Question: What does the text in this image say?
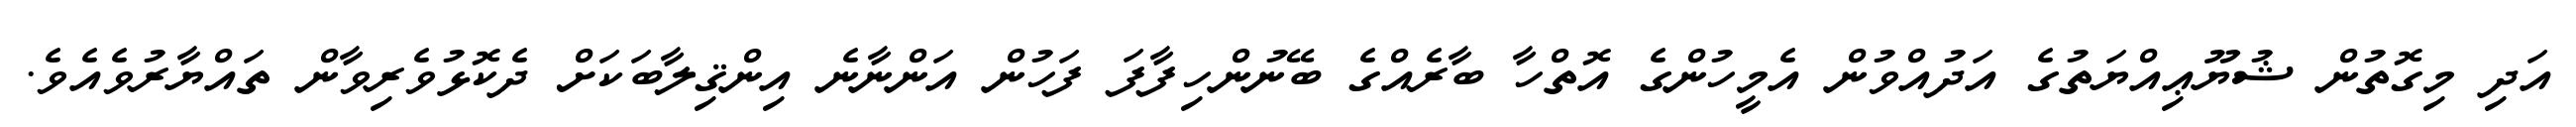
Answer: އަދި މިގޮތުން ޝުޔޫޢިއްޔަތުގެ އަދުއްވުން އެމީހުންގެ އޮތްހާ ބާރެއްގެ ބޭނުންހިފާފަ ފަހުން އަންނާނެ އިންޤިލާބަކަށް ދެކޮޅުވެރިވާން ތައްޔާރުވެއެވެ.